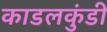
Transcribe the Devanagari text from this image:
काडलकुंडी